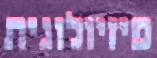
פיזיולוגית